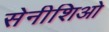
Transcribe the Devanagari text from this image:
सेनीशिओ